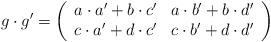
LaTeX: \begin{align*}g \cdot g'=\left(\begin{array}{rr}a \cdot a' + b \cdot c'& a \cdot b' + b \cdot d'\\c \cdot a' + d \cdot c' & c \cdot b' + d \cdot d'\end{array}\right)\end{align*}